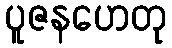
ပူဇနဟေတု